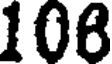
106